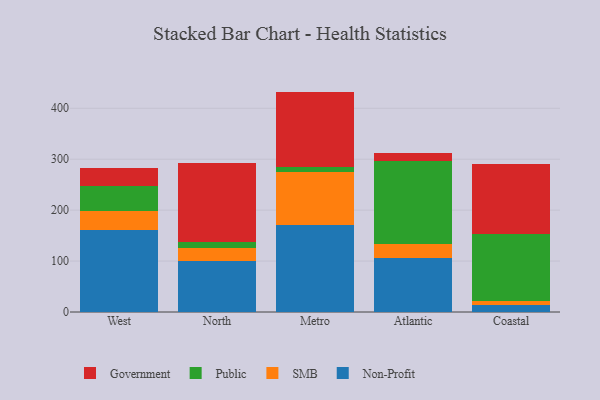
{"axis": {"x": "Region", "y": "Page Views"}, "legend": ["Government", "Non-Profit", "Public", "SMB"], "data": [{"x": "West", "y": 160.5, "type": "Non-Profit"}, {"x": "West", "y": 37.6, "type": "SMB"}, {"x": "West", "y": 49.5, "type": "Public"}, {"x": "West", "y": 34.8, "type": "Government"}, {"x": "North", "y": 100.6, "type": "Non-Profit"}, {"x": "North", "y": 25.6, "type": "SMB"}, {"x": "North", "y": 12.2, "type": "Public"}, {"x": "North", "y": 154.6, "type": "Government"}, {"x": "Metro", "y": 170.8, "type": "Non-Profit"}, {"x": "Metro", "y": 104.8, "type": "SMB"}, {"x": "Metro", "y": 9.8, "type": "Public"}, {"x": "Metro", "y": 147.3, "type": "Government"}, {"x": "Atlantic", "y": 105.3, "type": "Non-Profit"}, {"x": "Atlantic", "y": 27.9, "type": "SMB"}, {"x": "Atlantic", "y": 163.0, "type": "Public"}, {"x": "Atlantic", "y": 16.7, "type": "Government"}, {"x": "Coastal", "y": 14.0, "type": "Non-Profit"}, {"x": "Coastal", "y": 7.4, "type": "SMB"}, {"x": "Coastal", "y": 131.4, "type": "Public"}, {"x": "Coastal", "y": 137.0, "type": "Government"}]}